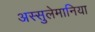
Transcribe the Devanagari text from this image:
अस्सुलेमानिया